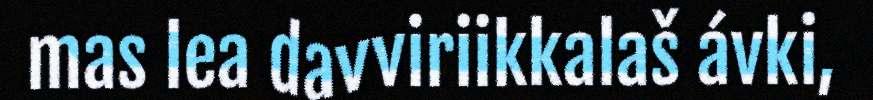
mas lea davviriikkalaš ávki,